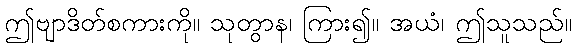
ဤဗျာဒိတ်စကားကို။ သုတွာန၊ ကြား၍။ အယံ၊ ဤသူသည်။